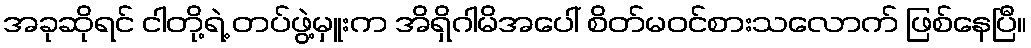
အခုဆိုရင် ငါတို့ရဲ့ တပ်ဖွဲ့မှူးက အိရှိဂါမိအပေါ် စိတ်မဝင်စားသလောက် ဖြစ်နေပြီ။